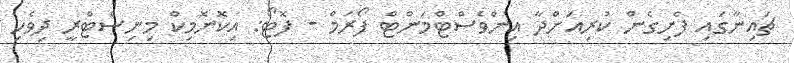
ޗައިނާގައި ފެށިގެން ކުރިއަށްދާ އިންވެސްޓްމަންޓް ފޯރަމް - ފޮޓޯ: އިކޮނޮމިކް މިނިސްޓްރީ ދިވެހި